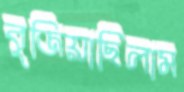
বুজিয়াছিলাম